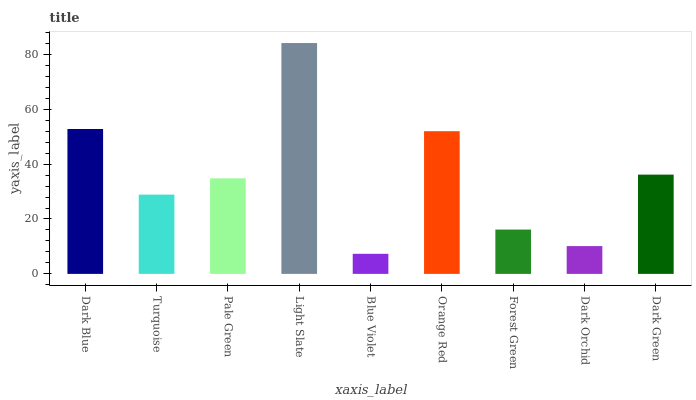
| xaxis_label | bars |
 | --- | --- |
 | Dark Blue | 52.8 |
 | Turquoise | 28.9 |
 | Pale Green | 34.8 |
 | Light Slate | 84.1 |
 | Blue Violet | 7.32 |
 | Orange Red | 52 |
 | Forest Green | 16.2 |
 | Dark Orchid | 10.1 |
 | Dark Green | 36.2 |